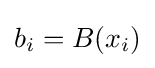
{{b}_{i}}=B({{x}_{i}})